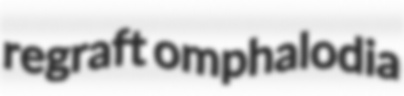
regraft omphalodia